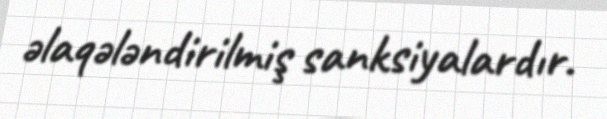
əlaqələndirilmiş sanksiyalardır.